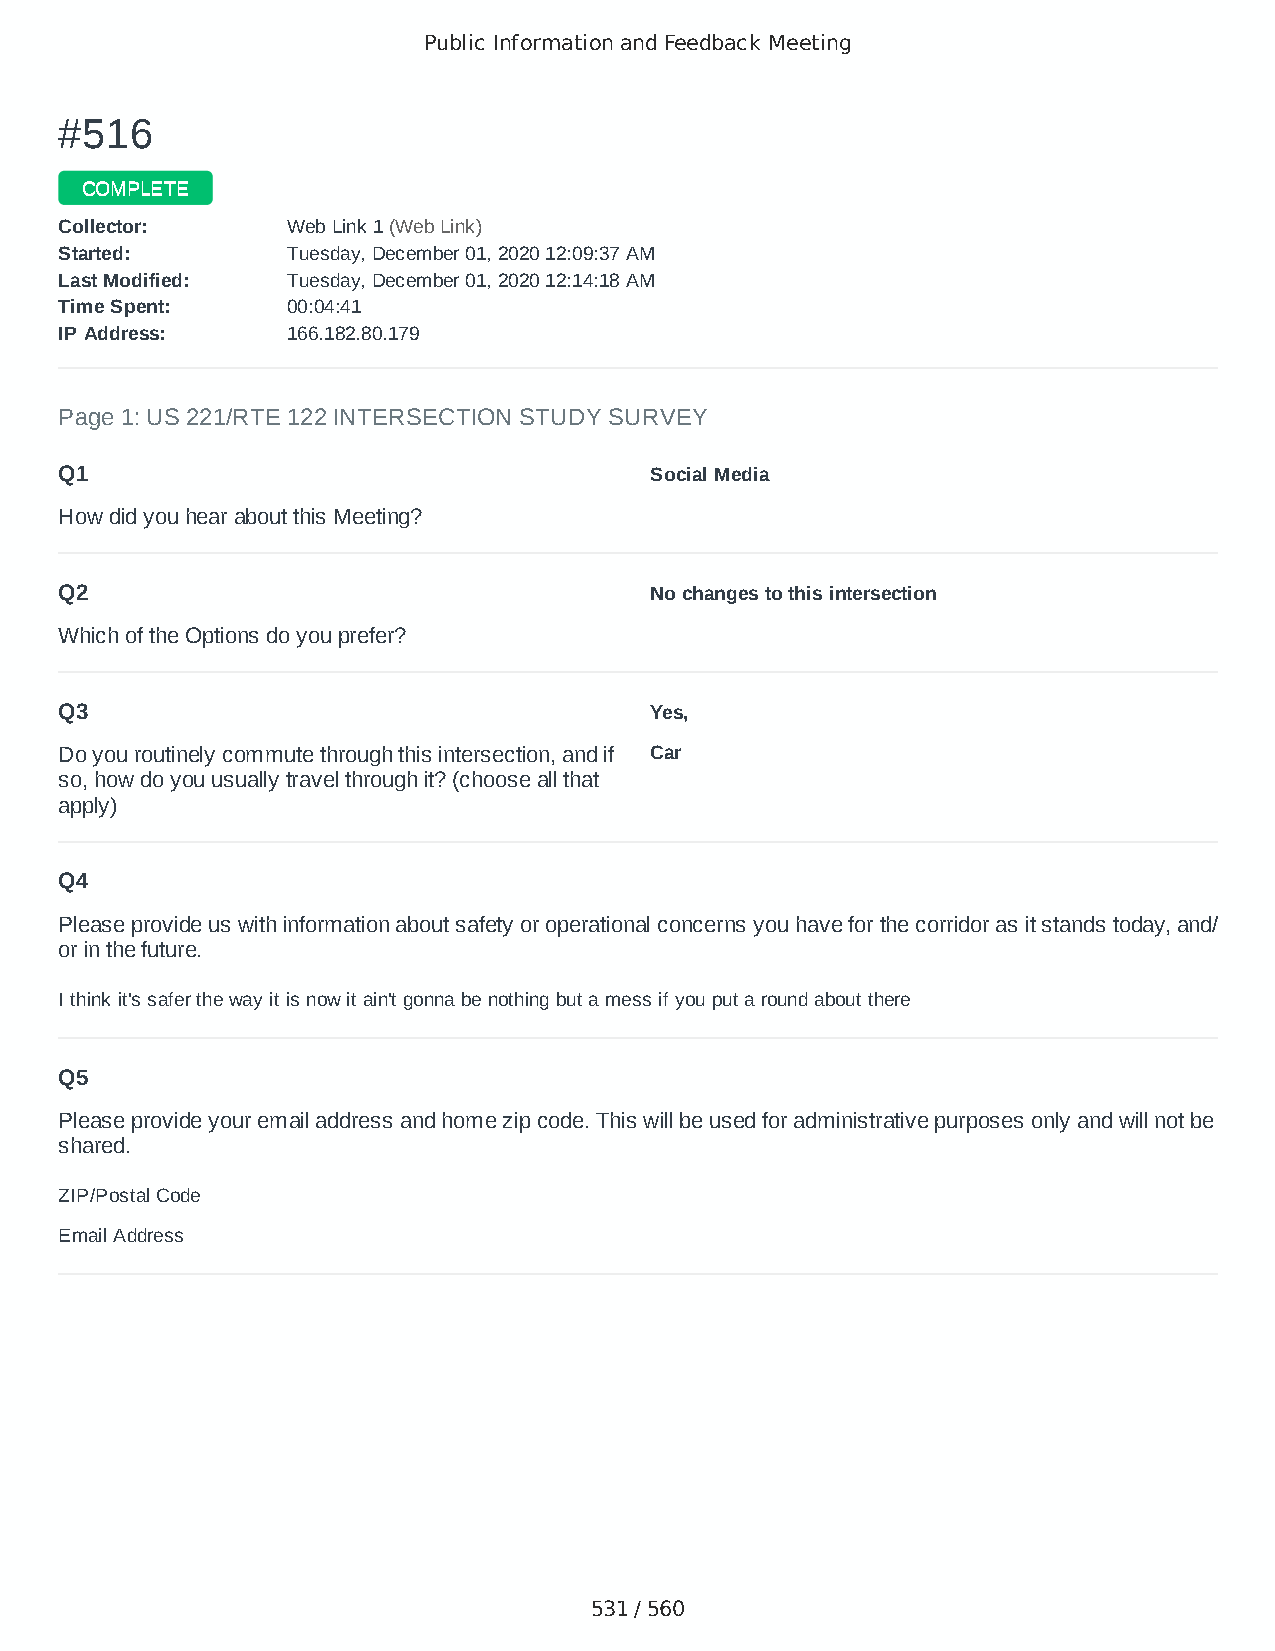
Public Information and Feedback Meeting
 ##551166
 CCOOMMPPLLEETTEE
 CCoolllleeccttoorr:: WWeebb LLiinnkk 11 ((WWeebb LLiinnkk))
 SSttaarrtteedd:: TTuueessddaayy,, DDeecceemmbbeerr 0011,, 22002200 1122::0099::3377 AAMM
 LLaasstt MMooddiiffiieedd:: TTuueessddaayy,, DDeecceemmbbeerr 0011,, 22002200 1122::1144::1188 AAMM
 TTiimmee SSppeenntt:: 0000::0044::4411
 IIPP AAddddrreessss:: 116666..118822..8800..117799
 Page 1: US 221/RTE 122 INTERSECTION STUDY SURVEY
 Q1                                     Social Media
 How did you hear about this Meeting?
 Q2                                     No changes to this intersection
 Which of the Options do you prefer?
 Q3                                     Yes,
 Do you routinely commute through this intersection, and if Car
 so, how do you usually travel through it? (choose all that
 apply)
 Q4
 Please provide us with information about safety or operational concerns you have for the corridor as it stands today, and/
 or in the future.
 I think it's safer the way it is now it ain't gonna be nothing but a mess if you put a round about there
 Q5
 Please provide your email address and home zip code. This will be used for administrative purposes only and will not be
 shared.
 ZIP/Postal Code                        24526
 Email Address                          lisarood01@gmail.com
 531 / 560